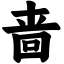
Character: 啬